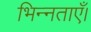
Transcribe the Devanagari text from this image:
भिन्नताएँ।